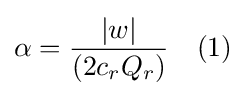
\alpha ={\frac {|w|}{(2c_{r}Q_{r})}}\quad (1)